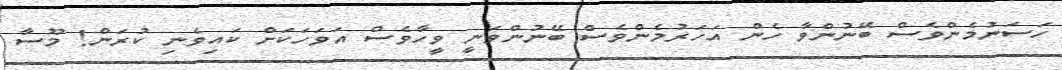
ހަސަނުމެންވެސް ބޭނުންވާ ހެން އަހަރުމެންވެސް ބޭނުންވަނީ ވީހާވެސް އަވަހަކަށް ކައިވެނި ކުރަން! މޫސާ